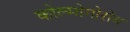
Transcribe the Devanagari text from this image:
कोल्मोगोरोव